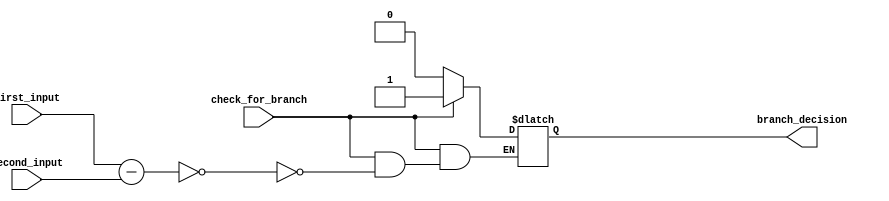
`timescale 1ps / 1ps
//////////////////////////////////////////////////////////////////////////////////
// Company: 
// Engineer: 
// 
// Design Name: 
// Module Name: comaparator_to_check_branch
// Project Name: 
// Target Devices: 
// Tool Versions: 
// Description: 
// 
// Dependencies: 
// 
// Revision:
// Revision 0.01 - File Created
// Additional Comments:
// 
//////////////////////////////////////////////////////////////////////////////////


module comaparator_to_check_branch(input [31:0]first_input,input[31:0]second_input,input check_for_branch,output reg branch_decision);
reg [31:0]equality_check;
always@(*)
begin
equality_check=first_input-second_input;
if(check_for_branch==1)
begin
if (equality_check==0)
begin

branch_decision=1;

end
end

else

begin
branch_decision=0;
end

end
endmodule